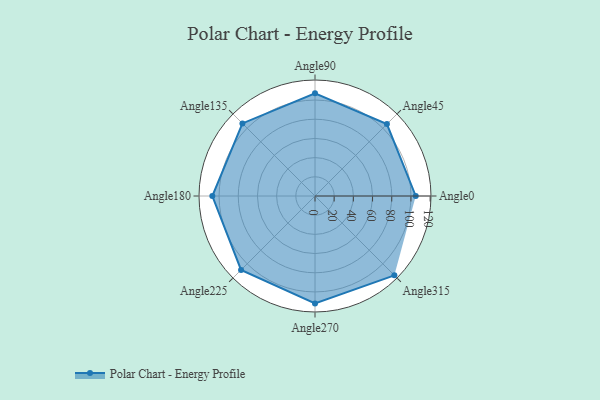
{"axis": {"x": "Angle", "y": "Radius"}, "legend": [""], "data": [{"x": "Angle0", "y": 105.0, "type": ""}, {"x": "Angle45", "y": 106.0, "type": ""}, {"x": "Angle90", "y": 107.0, "type": ""}, {"x": "Angle135", "y": 107.0, "type": ""}, {"x": "Angle180", "y": 107.0, "type": ""}, {"x": "Angle225", "y": 109.0, "type": ""}, {"x": "Angle270", "y": 112.0, "type": ""}, {"x": "Angle315", "y": 117.0, "type": ""}]}